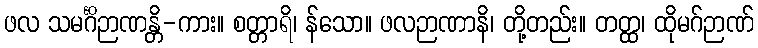
ဖလ သမင်္ဂိဉာဏန္တိ-ကား။ စတ္တာရိ၊ န်သော။ ဖလဉာဏာနိ၊ တို့တည်း။ တတ္ထ၊ ထိုမဂ်ဉာဏ်